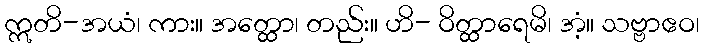
ဣတိ-အယံ၊ ကား။ အတ္ထော၊ တည်း။ ဟိ- ဝိတ္ထာရေမိ၊ အံ့။ သဗ္ဗာဧဝ၊